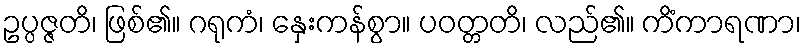
ဥပ္ပဇ္ဇတိ၊ ဖြစ်၏။ ဂရုကံ၊ နှေးကန်စွာ။ ပဝတ္တတိ၊ လည်၏။ ကိံကာရဏာ၊